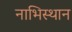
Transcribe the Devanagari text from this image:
नाभिस्थान